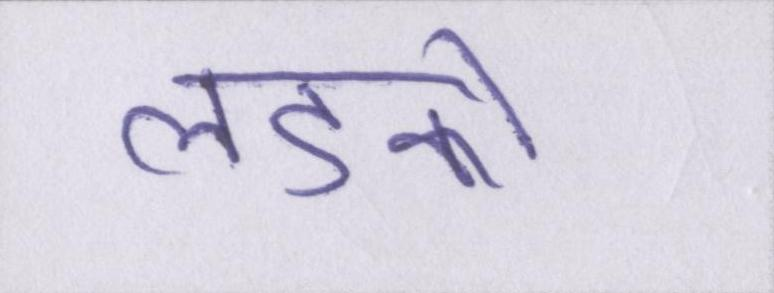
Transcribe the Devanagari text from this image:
लडको